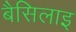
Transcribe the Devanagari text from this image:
बैसिलाइ